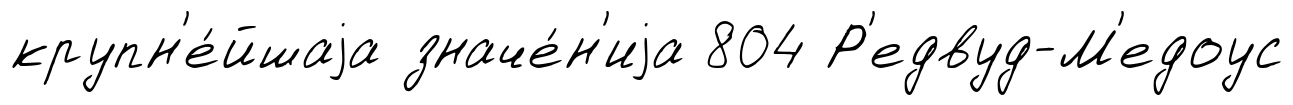
крупн'е́йшаjа значе́н'иjа 804 Р'едвуд-М'едоус